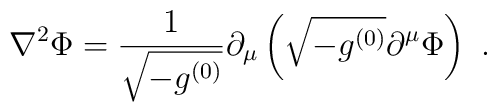
\nabla^2 \Phi = \frac{1}{\sqrt{-g^{(0)}}}\partial_\mu \left( \sqrt{-g^{(0)}} \partial^\mu \Phi \right) \ .